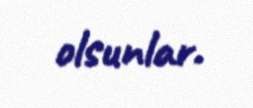
olsunlar.